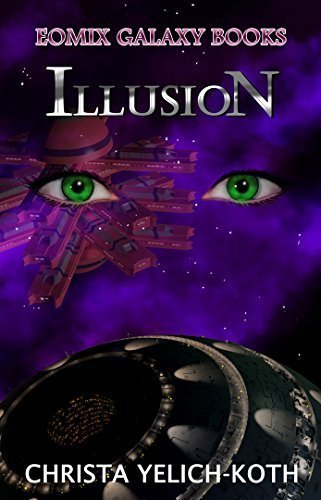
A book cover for Eomix Galaxy Books: Illusion; Christa Yelich-Koth; Science Fiction & Fantasy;